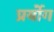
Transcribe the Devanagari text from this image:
प्रर्योग